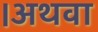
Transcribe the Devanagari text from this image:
।अथवा